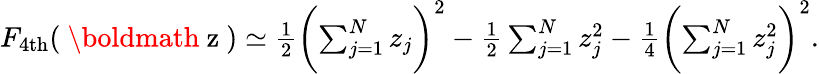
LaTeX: \begin{array}{r}{F_{\mathrm{4th}}(\mathrm{~\boldmath~z~})\simeq\frac{1}{2}\biggl(\sum_{j=1}^{N}z_{j}\biggr)^{2}-\frac{1}{2}\sum_{j=1}^{N}z_{j}^{2}-\frac{1}{4}\biggl(\sum_{j=1}^{N}z_{j}^{2}\biggr)^{2}.}\end{array}